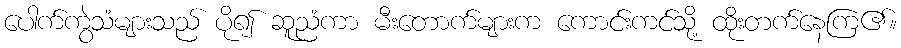
ပေါက်ကွဲသံများသည် ပို၍ ဆူညံကာ မီးတောက်များက ကောင်းကင်သို့ ထိုးတက်နေကြ၏။